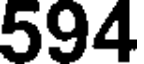
594